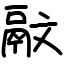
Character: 䰚